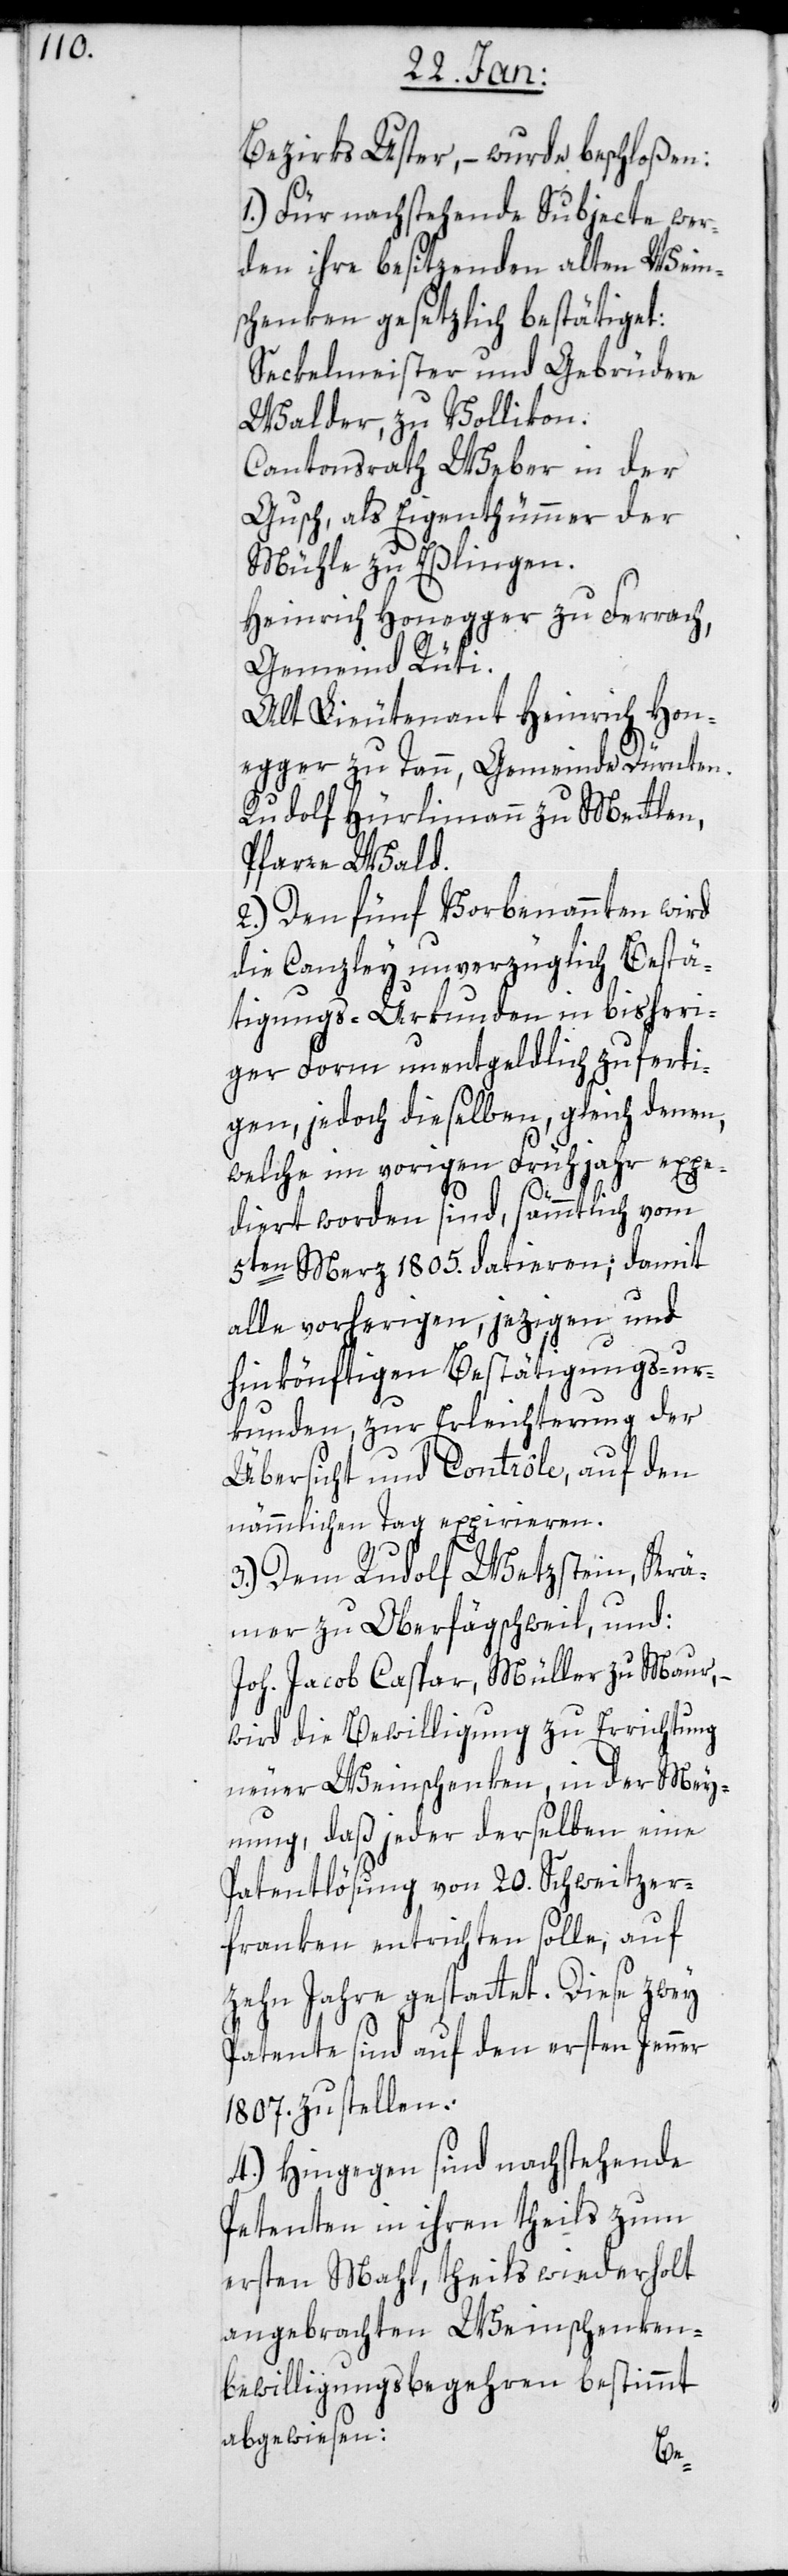
Bezirks Uster, – wurde beschloßen:
1.) Für nachstehende Subjecte wer¬
den ihre besitzenden alten Wein¬
schenken gesetzlich bestätiget:
Seckelmeister und Gebrüdere
Walder zu Vollikon.
Cantonsrath Weber in der
Gusch, als Eigenthümer der
Mühle zu Eßlingen.
Heinrich Honegger zu Ferrach,
Gemeind Rüti
Alt Lieutenant Heinrich Hon¬
egger zu Tann, Gemeinde Dürnten.
Rudolf Hürlimann zu Mettlen,
Pfarre Wald.
2.) Den fünf Vorbenannten wird
die Canzley unverzüglich Bestä¬
tigungs-Urkunden in bisheri¬
ger Form unentgeldlich zuferti¬
gen, jedoch dieselben, gleich denen,
welche im vorigen Frühjahr expe¬
diert worden sind, sämmtlich vom
5ten März 1805. datieren; damit
alle vorherigen, jezigen und
hinkönftigen Bestätigungs-ur¬
kunden, zur Erleichterung der
Übersicht und Contrôle, auf den
nämmlichen Tag expirieren.
3.) Dem Rudolf Wetzstein, Krä¬
mer zu Oberfägschweil; und:
Joh. Jacob Caspar, Müller zu Maur, –
wird die Bewilligung zu Errichtung
neuer Weinschenken in der Mey¬
nung, daß jeder derselben eine
Patentlösung von 20. Schweitzer¬
franken entrichten solle, auf
zehn Jahre gestattet. Diese zwey
Patente sind auf den ersten Jenner
1807. zu stellen.
4.) Hingegen sind nachstehende
Patenten in ihren theils zum
ersten Mal, theils wiederholt
angebrachten Weinschenken¬
bewilligungsbegehren bestimmt
abgewiesen: